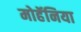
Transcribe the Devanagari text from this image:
मोहॅनिया